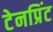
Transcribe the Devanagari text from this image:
टेनप्रिंट